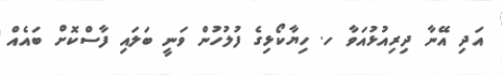
އަދި އޭނާ ދިރިއުޅުއަވާ ހ. ހިޔާކޯޅިގެ ފުލުހުން ވަނީ ބަލައި ފާސްކޮށް ބައެއް